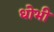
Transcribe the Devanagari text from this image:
धोभी